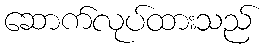
ဆောက်လုပ်ထားသည်